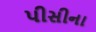
પીસીના